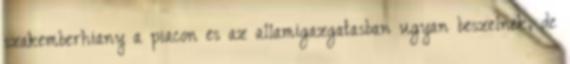
szakemberhiany a piacon es az allamigazgatasban ugyan beszelnek, de